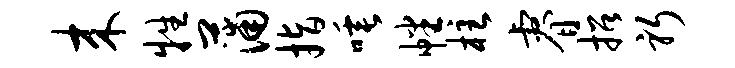
来牲蒲指唾幡柱睿招躬